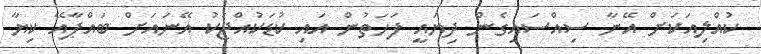
ކުއްލިއަކަށް އޭނާ ސިއްސައިގެން ދިޔައީ ފަހަތުން އައި ކުޑަކުއްޖަކު އޭނައަށް ބައްޕާއޭ ކިޔާ